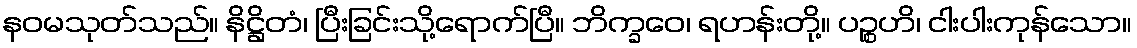
နဝမသုတ်သည်။ နိဋ္ဌိတံ၊ ပြီးခြင်းသို့ရောက်ပြီ။ ဘိက္ခဝေ၊ ရဟန်းတို့။ ပဉ္စဟိ၊ ငါးပါးကုန်သော။